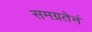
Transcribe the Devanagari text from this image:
समग्रतेनं